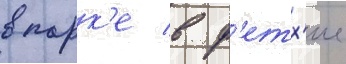
в парк'е в ф'етх'ие